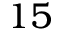
1 5